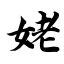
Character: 姥